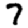
Digit: 7